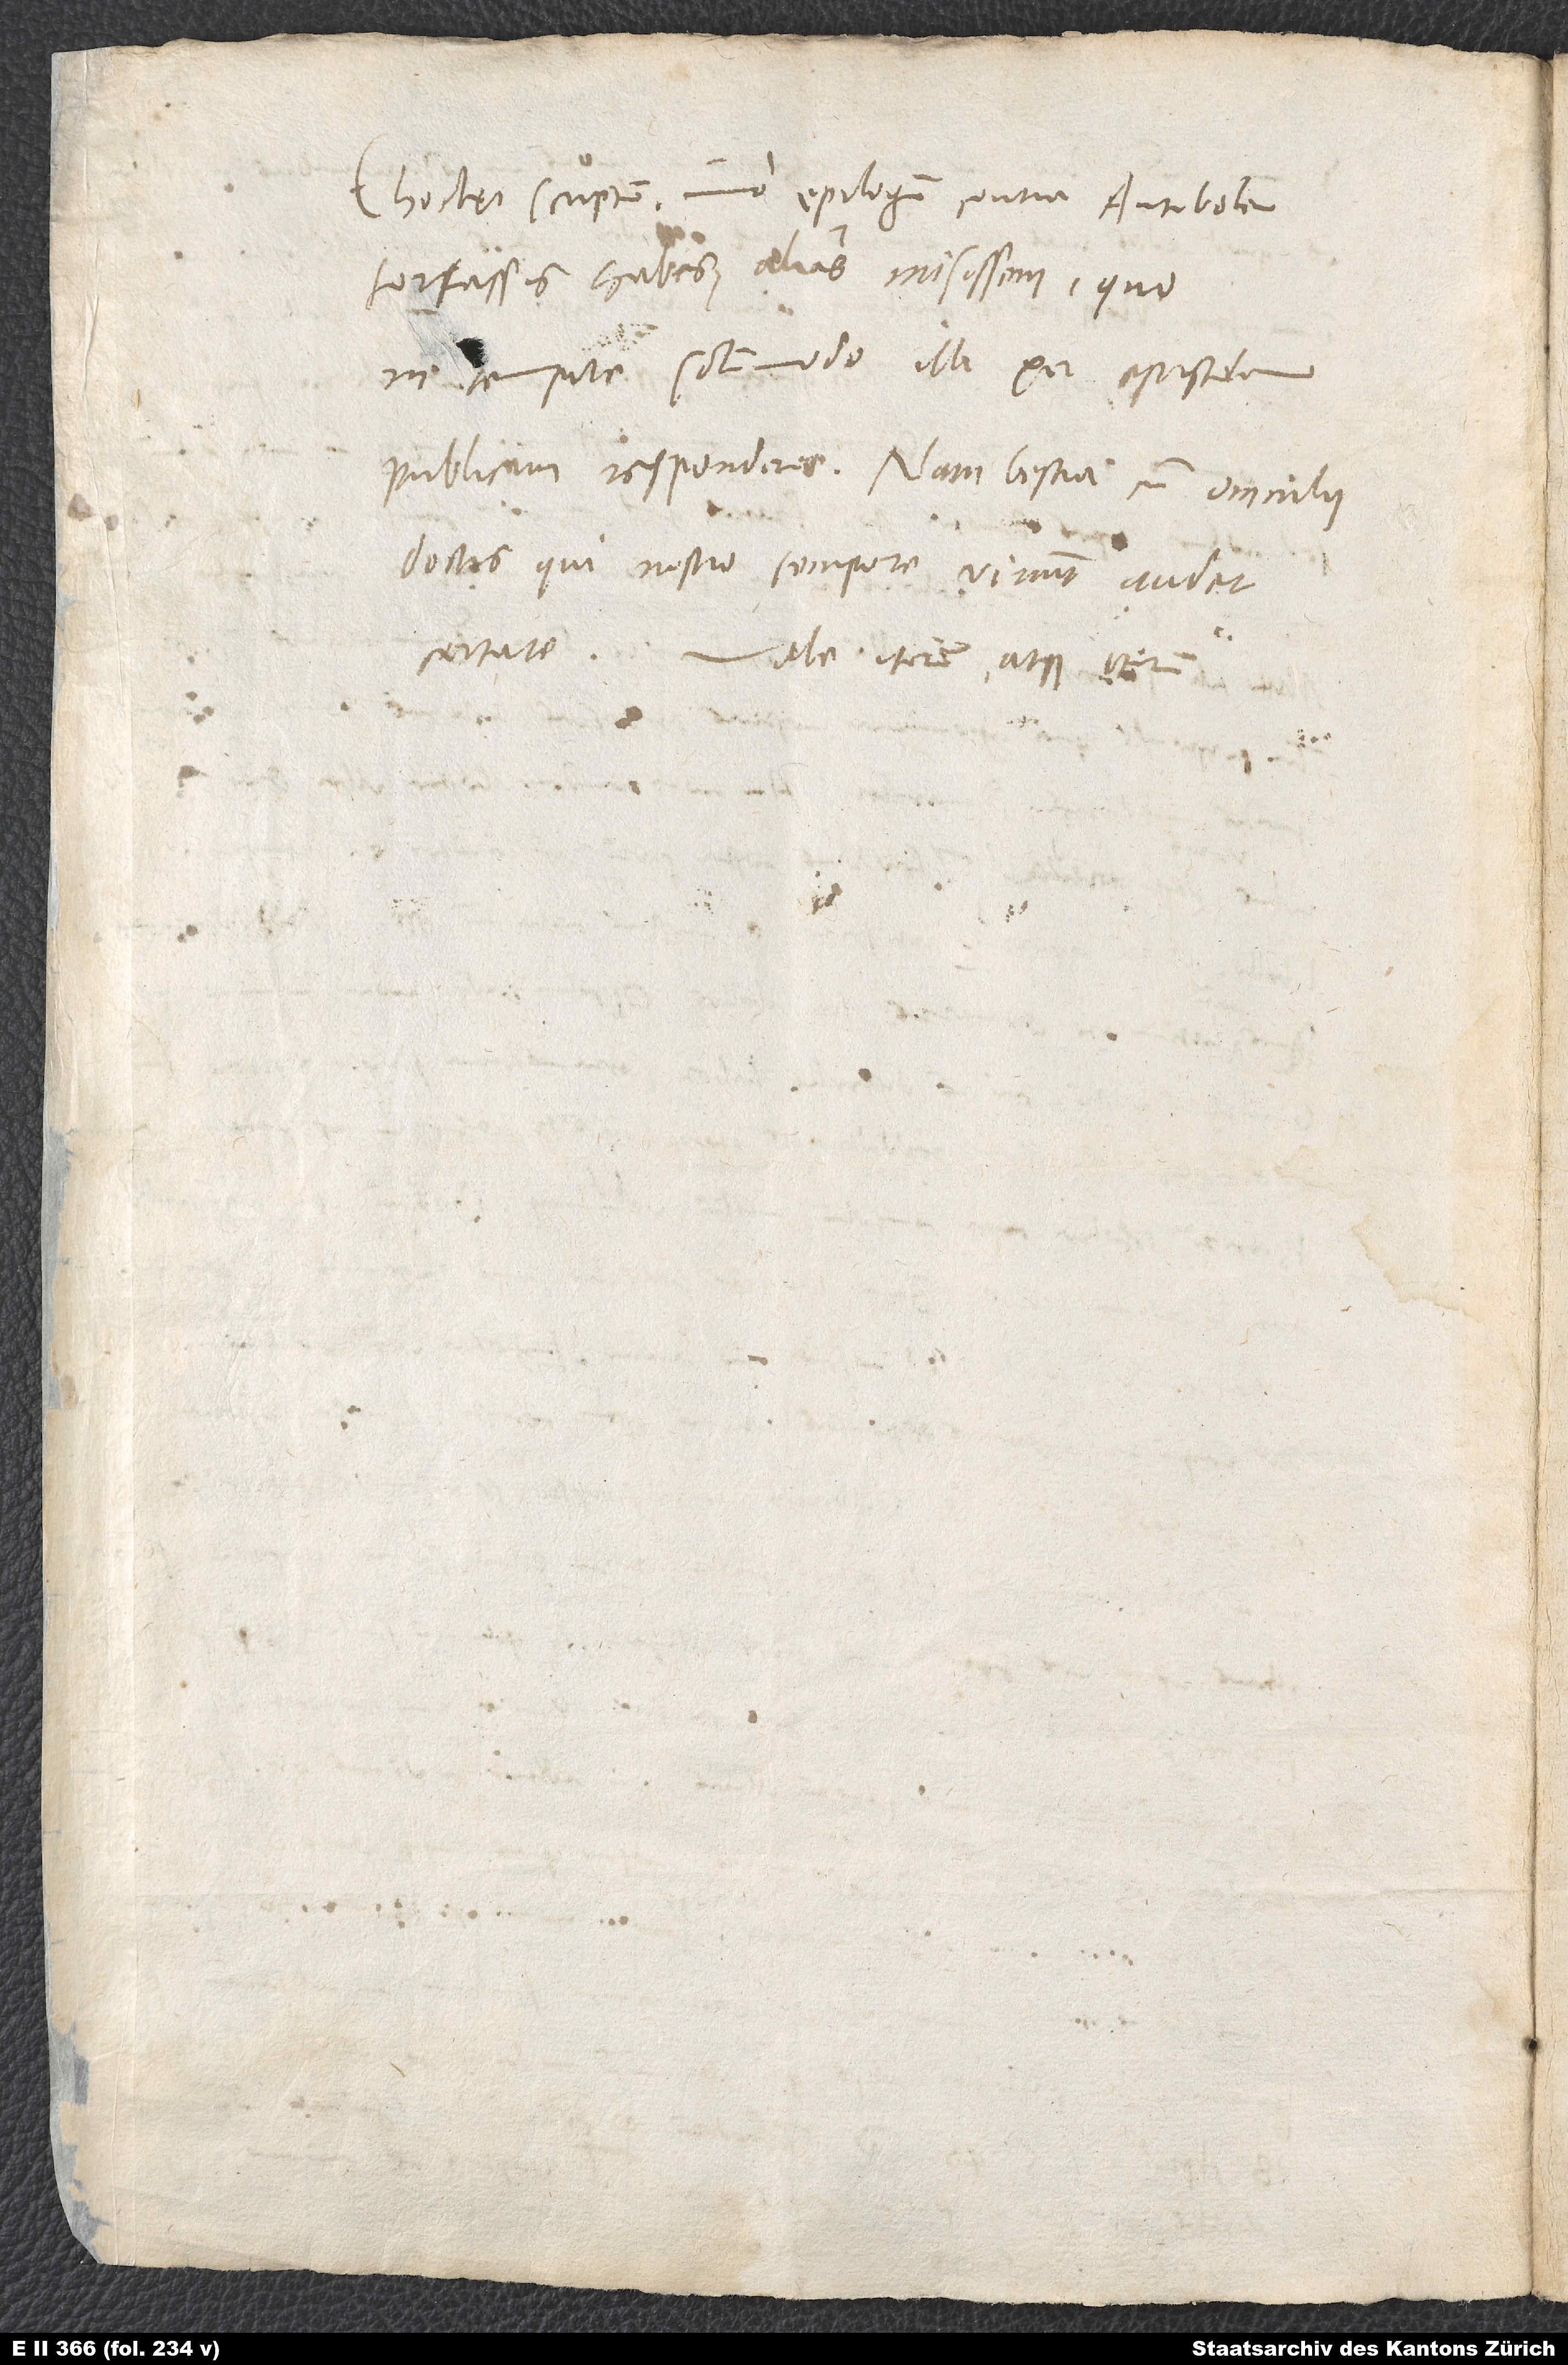
Choclęi scriptum, imo epilogum contra Antibolen,
fortassis habes. Alias misissem, quo
in tempore solummodo illi per epistolam
publicam responderes. Nam bestia cum omnibus
doctis, qui nostro tempore vivunt, audet
Vale iterum atque iterum.